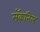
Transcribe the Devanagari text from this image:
मॅकनिल